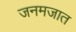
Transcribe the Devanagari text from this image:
जनमजात